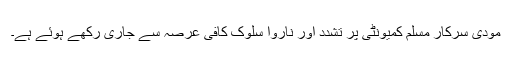
مودی سرکار مسلم کمیونٹی پر تشدد اور ناروا سلوک کافی عرصہ سے جاری رکھے ہوئے ہے۔